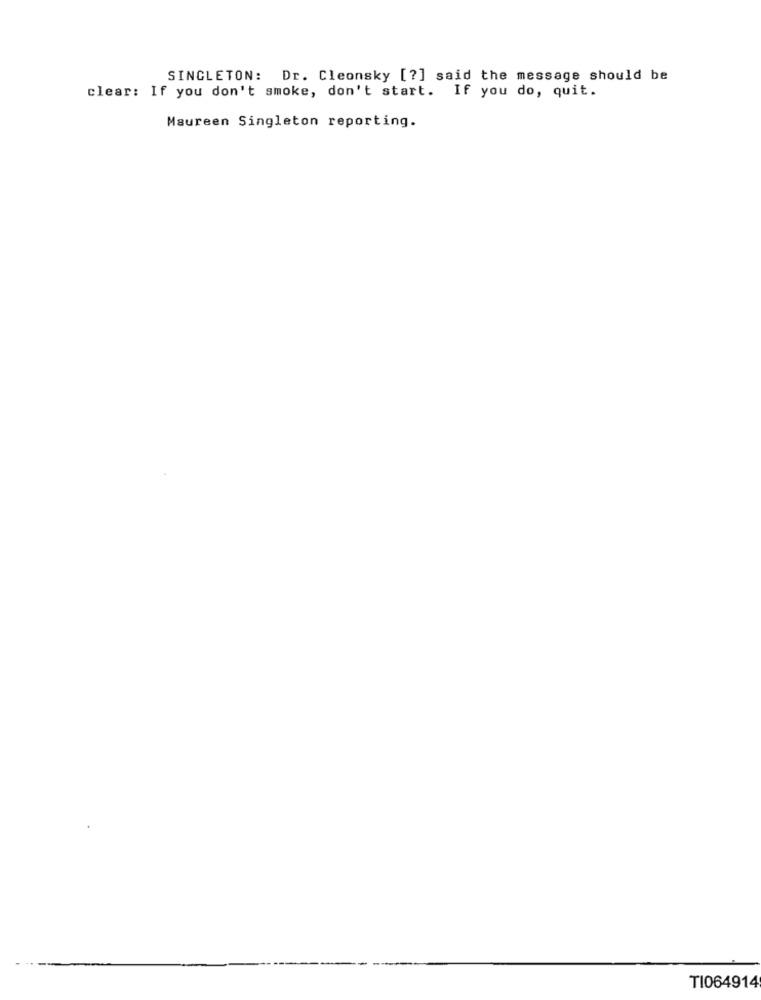
SINGLETON: Dr. Cleonsky [?] said the message should be
clear: If you don't smoke, don't start. If you do, quit.
Maureen Singleton reporting.
TI064914